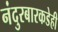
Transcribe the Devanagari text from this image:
नंदुरबारकडेही